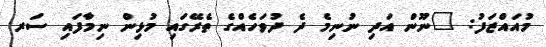
މުއައްޒަފު: "ނޫން އަދި ނުނިމެ ދެ ދުވަހެއްގެ ތެރޭގައި މުޅިން ނިމާފައި ސަރ